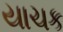
યાચક